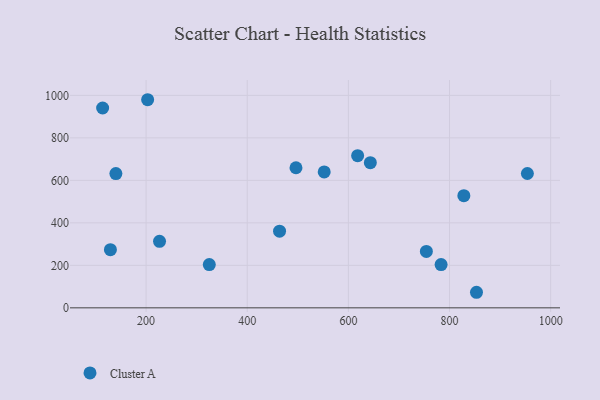
{"axis": {"x": "Distance", "y": "Demand"}, "legend": ["Cluster A"], "data": [{"x": "140.3", "y": 631.9, "type": "Cluster A"}, {"x": "463.9", "y": 360.9, "type": "Cluster A"}, {"x": "203.1", "y": 979.6, "type": "Cluster A"}, {"x": "496.4", "y": 659.3, "type": "Cluster A"}, {"x": "853.3", "y": 73.2, "type": "Cluster A"}, {"x": "114.1", "y": 940.7, "type": "Cluster A"}, {"x": "129.5", "y": 273.7, "type": "Cluster A"}, {"x": "953.9", "y": 632.2, "type": "Cluster A"}, {"x": "552.2", "y": 639.7, "type": "Cluster A"}, {"x": "618.3", "y": 716.0, "type": "Cluster A"}, {"x": "783.3", "y": 203.5, "type": "Cluster A"}, {"x": "754.2", "y": 265.4, "type": "Cluster A"}, {"x": "643.4", "y": 683.4, "type": "Cluster A"}, {"x": "226.6", "y": 312.9, "type": "Cluster A"}, {"x": "828.3", "y": 527.9, "type": "Cluster A"}, {"x": "325.0", "y": 203.4, "type": "Cluster A"}]}